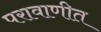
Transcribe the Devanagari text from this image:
परावाणीत